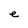
Character: e